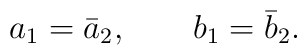
a_{1} = \bar{a}_{2}, \qquad b_{1}=\bar{b}_{2}.